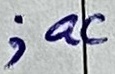
Text: ;ac